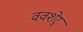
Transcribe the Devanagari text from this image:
ववशेर्